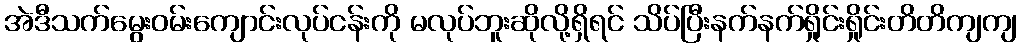
အဲဒီသက်မွေးဝမ်းကျောင်းလုပ်ငန်းကို မလုပ်ဘူးဆိုလို့ရှိရင် သိပ်ပြီးနက်နက်ရှိုင်းရှိုင်းတိတိကျကျ